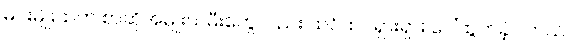
မင်းမျိုးထဲက စာဆိုအမျိုးသမီးတွေလည်း ထင်ထင်ရှားရှား ပေါ်ထွက်ခဲ့ပါတယ်။